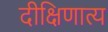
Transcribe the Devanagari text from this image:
दीक्षिणात्य